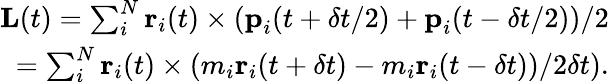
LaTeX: \begin{array}{r}{\textbf{L}(t)=\sum_{i}^{N}\textbf{r}_{i}(t)\times(\textbf{p}_{i}(t+\delta t/2)+\textbf{p}_{i}(t-\delta t/2))/2}\\ {=\sum_{i}^{N}\textbf{r}_{i}(t)\times(m_{i}\textbf{r}_{i}(t+\delta t)-m_{i}\textbf{r}_{i}(t-\delta t))/2\delta t).}\end{array}